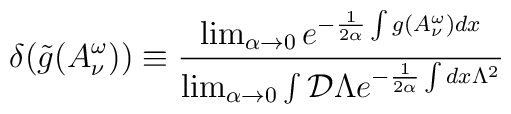
\delta(\tilde{g}(A^{\omega}_{\nu}))\equiv\frac{\lim_{\alpha\rightarrow 0}e^{-\frac{1}{2\alpha}\int g(A^{\omega}_{\nu})dx}}{\lim_{\alpha\rightarrow 0}\int{\cal D}\Lambda e^{-\frac{1}{2\alpha}\int dx\Lambda^{2}}}